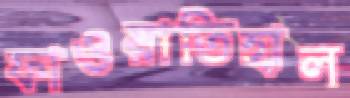
ফাওয়াতিহাল